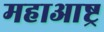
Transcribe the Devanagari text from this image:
महाआष्ट्र